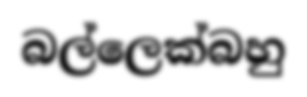
බල්ලෙක්බහු